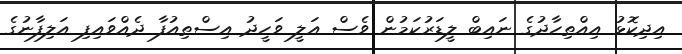
އިދިކޮޅު އިއްތިހާދުގެ ނައިބް ލީޑަރުކަމުން ވެސް އަލީ ވަހީދު އިސްތިއުފާ ދެއްވައިފި އަލިފާނުގެ